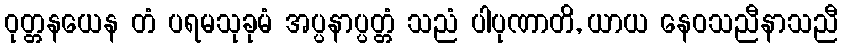
ဝုတ္တနယေန တံ ပရမသုခုမံ အပ္ပနာပ္ပတ္တံ သညံ ပါပုဏာတိ, ယာယ နေဝသညီနာသညီ